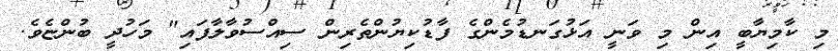
މި ކާމިޔާބީ އިން މި ވަނީ އަޅުގަނޑުމެންގެ ފާޑުކިޔުންތެރިން ސިއްސުވާލާފައި" މަހުދީ ބުންޏެވެ.